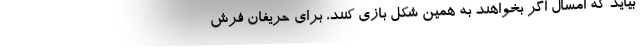
بیاید که امسال اگر بخواهند به همین شکل بازی کنند، برای حریفان فرش